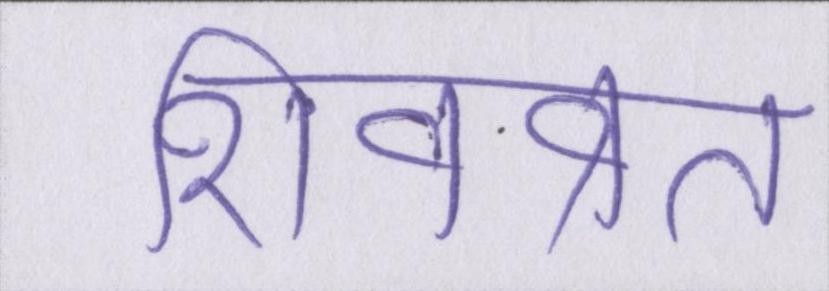
शिवव्रत